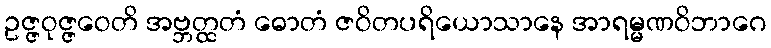
ဥဇ္ဇဝုဇ္ဇဝေတိ အဗ္ဘတ္ထတံ ဓောတံ ဇဝိတပရိယောသာနေ အာရမ္မဏဝိဘာဂေ